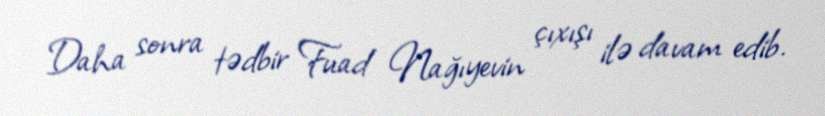
Daha sonra tədbir Fuad Nağıyevin çıxışı ilə davam edib.